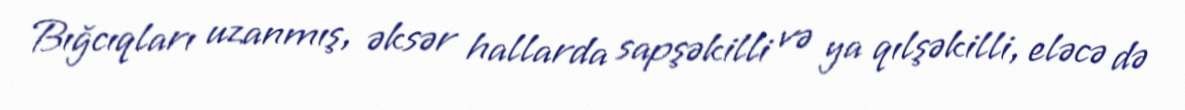
Bığcıqları uzanmış, əksər hallarda sapşəkilli və ya qılşəkilli, eləcə də